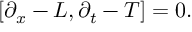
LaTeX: \left[ \partial _ { x } - L , \partial _ { t } - T \right] = 0 .